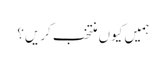
ہمیں کیوں منتخب کریں؟